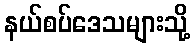
နယ်စပ်ဒေသများသို့